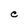
Character: C